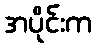
အပိုင်းက